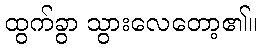
ထွက်ခွာ သွားလေတော့၏။